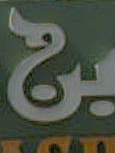
بن